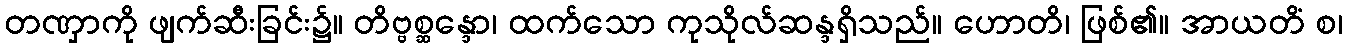
တဏှာကို ဖျက်ဆီးခြင်း၌။ တိဗ္ဗစ္ဆန္ဒော၊ ထက်သော ကုသိုလ်ဆန္ဒရှိသည်။ ဟောတိ၊ ဖြစ်၏။ အာယတိံ စ၊